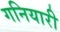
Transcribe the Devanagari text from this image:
गनियारी